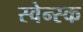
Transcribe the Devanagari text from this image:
स्वेन्स्क